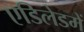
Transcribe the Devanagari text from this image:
एडिलेडमें